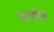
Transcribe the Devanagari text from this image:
नागरिक